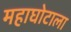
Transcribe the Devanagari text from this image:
महाघोटाला